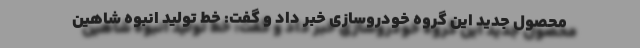
محصول جدید این گروه خودروسازی خبر داد و گفت: خط توليد انبوه شاهين